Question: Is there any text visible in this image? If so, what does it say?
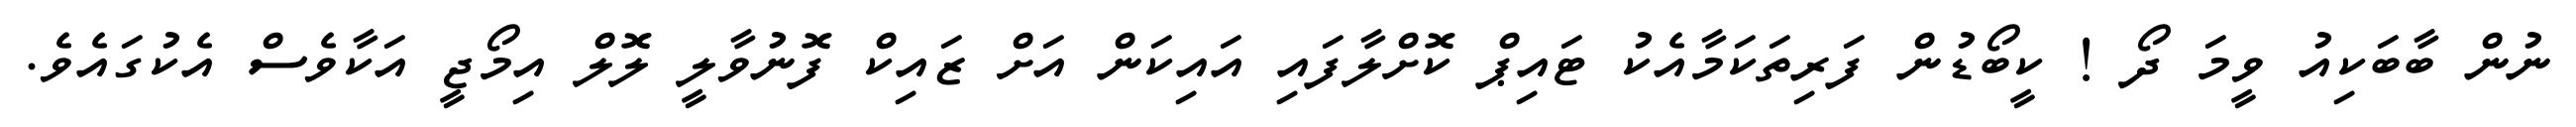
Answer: ނުން ބާބަކިއު ވީމަ ދޯ ! ކީބޯޑުން ފަރިތަކަމާއެކު ޓައިޕް ކޮށްލާފައި އައިކަން އަށް ޒައިކް ފޮނުވާލީ ލޮލް އިމޯޖީ އަކާވެސް އެކުގައެވެ.